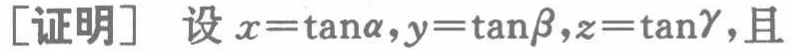
[证明] 设 \(x = \tan\alpha,y = \tan\beta,z=\tan\gamma\)，且